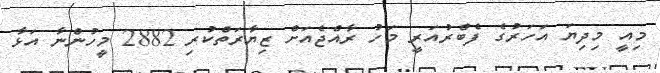
މިއީ މިދިޔަ އަހަރުގެ ފެބްރުއަރީ މަހު ރާއްޖެއަށް ޒިޔާރަތްކުރި 2882 މީހުންނާ އަޅާ